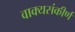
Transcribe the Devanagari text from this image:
वाक्यसंकीर्ण